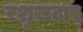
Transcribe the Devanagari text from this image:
रशुखदार